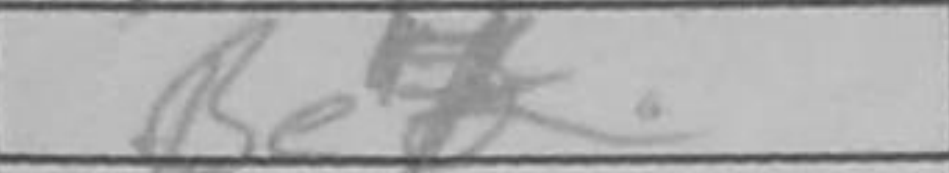
Transcription: Be4